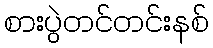
စားပွဲတင်တင်းနစ်